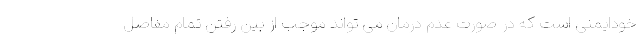
خودایمنی است که در صورت عدم درمان می تواند موجب از بین رفتن تمام مفاصل